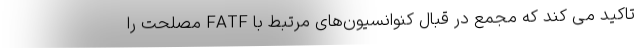
تاکید می کند که مجمع در قبال کنوانسیون‌های مرتبط با FATF مصلحت را